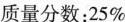
质量分数：25%